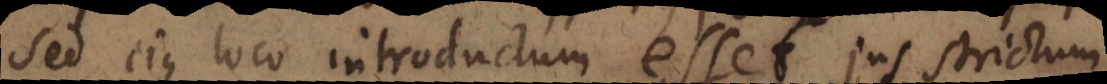
sed ejus loco introductum esset jus strictum